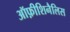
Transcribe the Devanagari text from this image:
ऑफ़ीशिनैलिस